Indian journal of veterinary science and animal husbandry - Volume 1,
Year: 1931
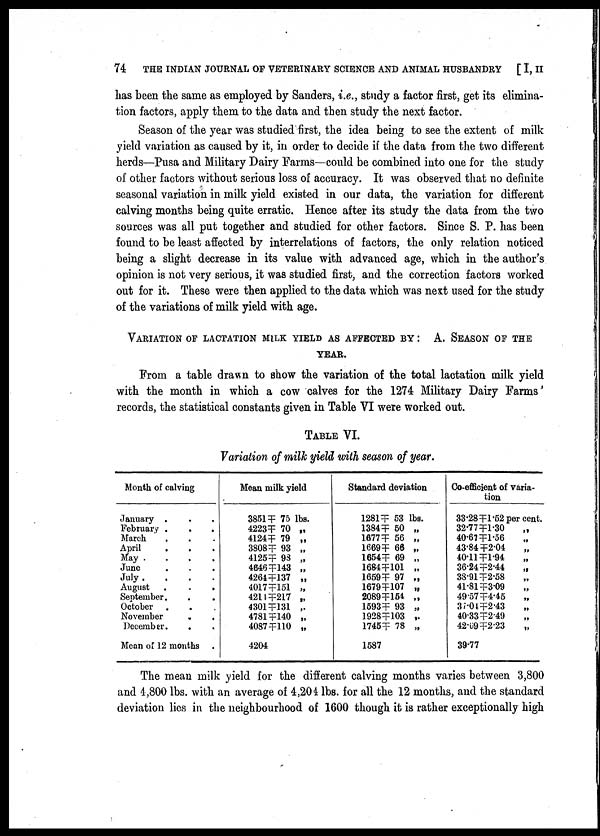
74 THE INDIAN JOURNAL OF VETERINARY SCIENCE AND ANIMAL HUSBANDRY [ I, II
has been the same as employed by Sanders, i.e., study a factor first, get its elimina
tion factors, apply them to the data and then study the next factor.
Season of the year was studied first, the idea being to see the extent of milk
yield variation as caused by it, in order to decide if the data from the two different
herds—Pusa and Military Dairy Farms—could be combined into one for the study
of other factors without serious loss of accuracy. It was observed that no definite
seasonal variation in milk yield existed in our data, the variation for different
calving months being quite erratic. Hence after its study the data from the two
sources was all put together and studied for other factors. Since S. P. has been
found to be least affected by interrelations of factors, the only relation noticed
being a slight decrease in its value with advanced age, which in the author's
opinion is not very serious, it was studied first, and the correction factors worked
out for it. These were then applied to the data which was next used for the study
of the variations of milk yield with age.
VARIATION OF LACTATION MILK YIELD AS AFFECTED BY : A. SEASON OF TH
YEAR.
From a table drawn to show the variation of the total lactation milk yield
with the month in which a cow calves for the 1274 Military Dairy Farms'
records, the statistical constants given in Table VI were worked out.
TABLE VI.
Variation of milk yield with season of year.
Month of calving
January .
February .
.
.
March
April
.
.
.
May .
.
.
.
June
July .
.
.
.
August .
.
.
September.
October
November
December.
Mean of 12 months
Mean milk yield
3851 ╤ 75 lbs.
4223 ╤ 70 „
4124 ╤ 79 „
3808 ╤ 93 „
4125 ╤ 98 „
4646 ╤ 143 „
4264 ╤ 137 „
4017 ╤ 151 „
4214 ╤ 217 „
4301 ╤ 131 „
4781 ╤ 140 „
4087 ╤ 110 „
4204
Standard deviation
1281 ╤ 53 lbs.
1384 ╤ 50 „
1677 ╤ 56 „
1669 ╤ 66 „
1654 ╤ 69 „
1684 ╤ 101 „
1659 ╤ 97 „
1679 ╤ 107 „
2089 ╤ 154 „
1593 ╤ 93 „
1928 ╤ 103 „
1745 ╤ 78 „
1587
Co-efficient of varia
tion
33.28 ╤ 1.52 per cent.
32.77 ╤ 1.30
„
40.67 ╤ 1.56
43.84 ╤ 2.04
40.11 ╤ l.94
36.24 ╤ 2.44
„
38.91 ╤ 2.58
41.81 ╤ 3.09
49.57 ╤ 4.45
„
37.04 ╤ 2.43
40.33 ╤ 2.49
42.69 ╤ 2.23
„
39.77
The mean milk yield for the different calving months varies between 3,800
and 4,800 lbs. with an average of 4,204 lbs. for all the 12 months, and the standard
deviation lies in the neighbourhood of 1600 though it is rather exceptionally high